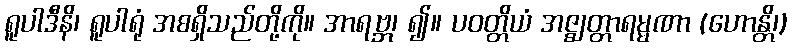
ရူပါဒီနိ၊ ရူပါရုံ အစရှိသည်တို့ကို။ အာရဗ္ဘ၊ ၍။ ပဝတ္တိယံ အဇ္ဈတ္တာရမ္မဏာ (ဟောန္တိ၊)